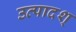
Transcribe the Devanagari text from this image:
उत्पादश्